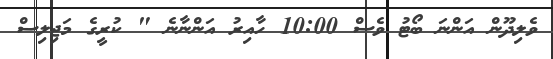
ވެލިދޫން އަންނަ ބޯޓު ވެސް 10:00 ހާއިރު އަންނާނެ " ކުރީގެ މަޖިލިސް